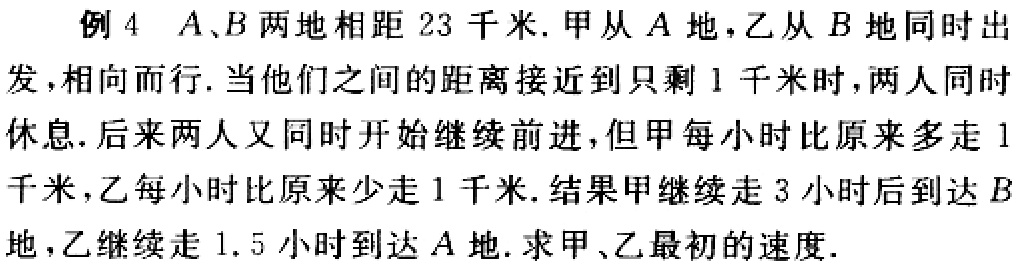
例 4 \(A、B\) 两地相距 \(23\) 千米. 甲从 \(A\) 地，乙从 \(B\) 地同时出发，相向而行. 当他们之间的距离接近到只剩 \(1\) 千米时，两人同时休息. 后来两人又同时开始继续前进，但甲每小时比原来多走 \(1\) 千米，乙每小时比原来少走 \(1\) 千米. 结果甲继续走 \(3\) 小时后到达 \(B\) 地，乙继续走 \(1.5\) 小时到达 \(A\) 地. 求甲、乙最初的速度.